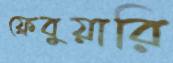
ফ্রেবুয়ারি